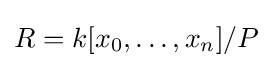
R=k[x_{0},\dots ,x_{n}]/P